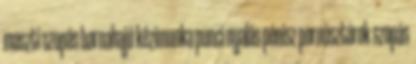
maszti szopás barnahajú kézimunka punci nyalás pénisz pornósztárok szopás